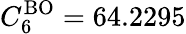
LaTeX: C_{6}^{\mathrm{BO}}=64.2295